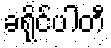
ခရိုင်ပါတီ